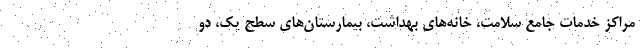
مراکز خدمات جامع سلامت، خانه‌های بهداشت، بیمارستان‌های سطح یک، دو